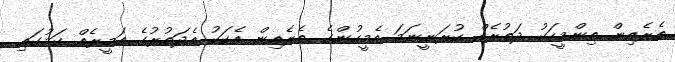
ތެރެއިން ތިންމީހަކު ދަތުރެއް ކުރަނީނަމަ އެމީހުންގެ ތެރެއިން އެކަކު އެދަތުރުގެ އަމީރެއް ކަމުގައި